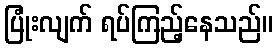
ပြုံးလျက် ရပ်ကြည့်နေသည်။